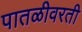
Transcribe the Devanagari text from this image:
पातळीवरती